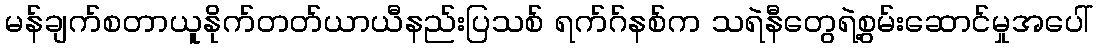
မန်ချက်စတာယူနိုက်တတ်ယာယီနည်းပြသစ် ရက်ဂ်နစ်က သရဲနီတွေရဲ့စွမ်းဆောင်မှုအပေါ်